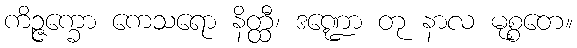
ကိဉ္ဇက္ခော ကေသရော နိတ္ထီ၊ ဒဏ္ဍော တု နာလ မုစ္စတေ။